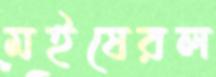
মইষেরল